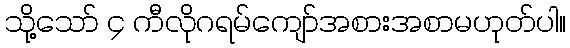
သို့သော် ၄ ကီလိုဂရမ်ကျော်အစားအစာမဟုတ်ပါ။